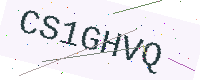
Text: CS1GHVQ